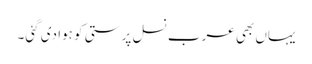
یہاں بھی عرب نسل پرستی کو ہوا دی گئی۔